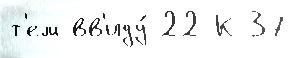
т'ем вв'иду́ 22 К-37